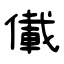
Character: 儎